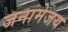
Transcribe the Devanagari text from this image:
जनामेजय